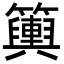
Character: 𥷔